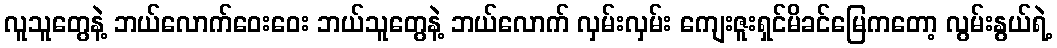
လူသူတွေနဲ့ ဘယ်လောက်ဝေးဝေး ဘယ်သူတွေနဲ့ ဘယ်လောက် လှမ်းလှမ်း ကျေးဇူးရှင်မိခင်မြေကတော့ လွမ်းနွယ်ရဲ့